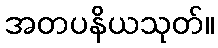
အတပနိယသုတ်။